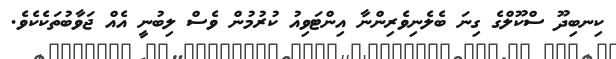
ކިނބިދޫ ސްކޫލްގެ ގިނަ ބެލެނިވެރިންނާ އިންޓަވިއު ކުރުމުން ވެސް ލިބުނީ އެއް ޖަވާބުތަކެކެވެ.